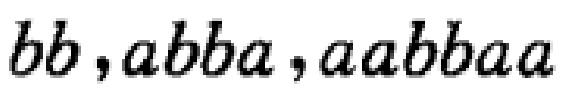
$bb, abba, aabbaa$